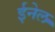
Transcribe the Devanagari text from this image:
ईनेल